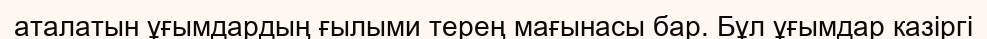
аталатын ұғымдардың ғылыми терең мағынасы бар. Бұл ұғымдар казіргі